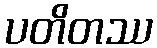
ပတိတဿ